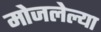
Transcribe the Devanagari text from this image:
मोजलेल्या